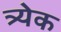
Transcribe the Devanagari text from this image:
त्र्येक